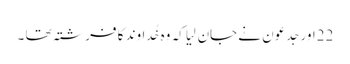
22اور جِدعو ن نے جان لِیا کہ وہ خُداوند کا فرِشتہ تھا ۔